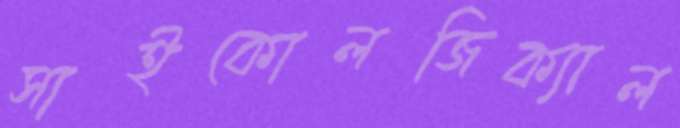
সাইকোলজিক্যাল